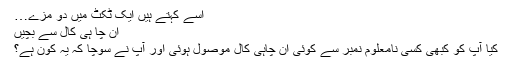
اسے کہتے ہیں ایک ٹکٹ میں دو مزے…
ان چا ہی کال سے بچیں
کیا آپ کو کبھی کسی نامعلوم نمبر سے کوئی ان چاہی کال موصول ہوئی اور آپ نے سوچا کہ یہ کون ہے؟